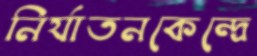
নির্যাতনকেন্দ্রে